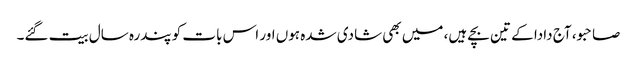
صاحبو، آج دادا کے تین بچے ہیں، میں بھی شادی شدہ ہوں اور اس بات کو پندرہ سال بیت گئے۔